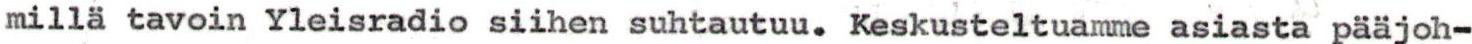
millä tavoin Yleisradio siihen suhtautuu. Keskusteltuamme asiasta pääjoh-